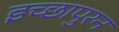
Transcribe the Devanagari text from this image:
इच्छापुरन